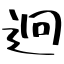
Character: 迥